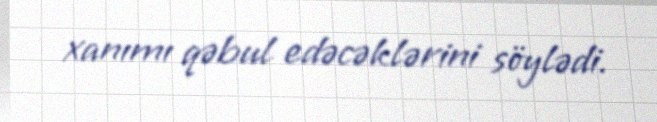
xanımı qəbul edəcəklərini söylədi.